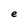
Character: e